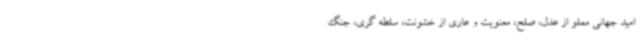
امید جهانی مملو از عدل، صلح، معنویت و عاری از خشونت، سلطه گری، جنگ